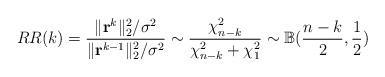
LaTeX: \begin{align*}RR(k)=\dfrac{\|{\bf r}^k\|_2^2/\sigma^2}{\|{\bf r}^{k-1}\|_2^2/\sigma^2}\sim \dfrac{\chi^2_{n-k}}{\chi^2_{n-k}+\chi^2_1}\sim \mathbb{B}(\dfrac{n-k}{2},\dfrac{1}{2})\end{align*}